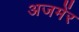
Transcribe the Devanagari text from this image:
अजमेंर